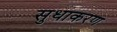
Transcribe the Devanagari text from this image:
सुधाकरण